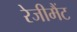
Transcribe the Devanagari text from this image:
रेजीमैंट